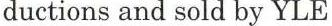
ductions and sold by YLE